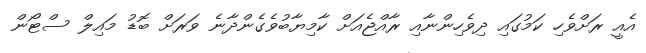
އެއީ ރަށްވެހި ކަމުގައި ދިވެހިންނާއި ރާއްޖެއަށް ކާމިޔާބުވެގެންދާނެ ވަރަށް ބޮޑު މައިލް ސްޓޯން